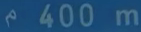
400 m